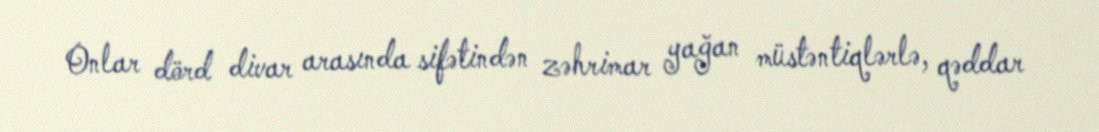
Onlar dörd divar arasında sifətindən zəhrimar yağan müstəntiqlərlə, qəddar